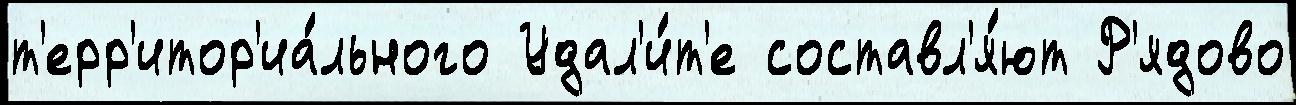
т'ерр'итор'иа́льного Удал'и́т'е составл'я́ют Р'ядово